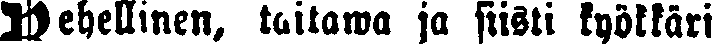
# rehellinen, taitawa ja siisti kyökkäri